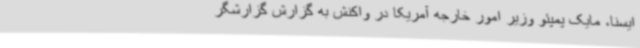
ایسنا، مایک پمپئو وزیر امور خارجه آمریکا در واکنش به گزارش گزارشگر